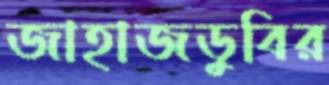
জাহাজডুবির